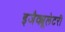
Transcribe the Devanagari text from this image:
इजैक्यूलेटरी